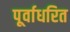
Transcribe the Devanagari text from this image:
पूर्वाधरित